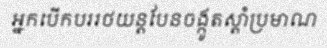
អ្នកបើកបររថយន្តបែនចង្កូតស្តាំប្រមាណ